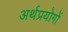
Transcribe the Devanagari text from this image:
अर्थप्रयोगों